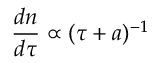
\frac { d n } { d \tau } \propto ( \tau + a ) ^ { - 1 }